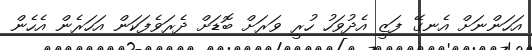
އަހަންނަށް އެނގޭ ފަޒީ އެދުވަހު ހުރީ ވަރަށް ބޮޑަށް ދެރަވެފަކަން އަހަރެން އެހެން